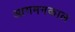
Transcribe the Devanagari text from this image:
आगमनकाल